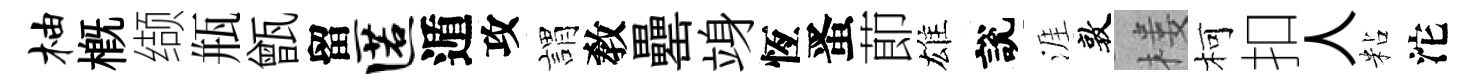
柚槪缬瓶甑留匿遁攻謂敎罍竧恆󱉠莭雄說涯敦楼柯扣人粘沱